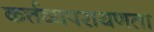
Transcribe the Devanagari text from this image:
कर्त्तव्यपरायणता